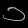
Digit: ၁